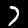
Label: 7